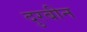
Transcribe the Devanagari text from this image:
दुरबीन